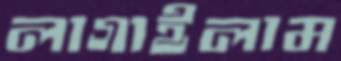
লাগাইলাম